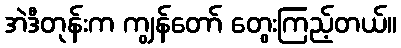
အဲဒီတုန်းက ကျွန်တော် တွေးကြည့်တယ်။